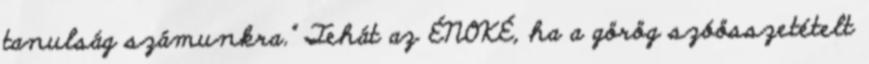
tanulság számunkra." Tehát az ÉNOKÉ, ha a görög szóösszetételt